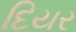
દિયર